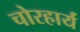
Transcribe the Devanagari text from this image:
चोरहार्यं